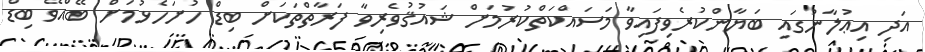
އަދި އިޢުލާނުގައި ބަޔާންކުރެވިފައިވާ މަސައްކަތްކުރުމަށް ޝައުޤުވެރިވާ ފަރާތްތަކަށް ބިޑް ހުށަހެޅުމަށް ބޭއްވޭ ބިޑް